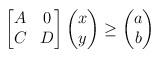
LaTeX: \begin{align*} \begin{bmatrix} A & 0\\ C & D \end{bmatrix} \begin{pmatrix} x\\ y \end{pmatrix} \geq \begin{pmatrix} a\\ b \end{pmatrix} \end{align*}